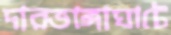
দারভাঙ্গাঘাটে